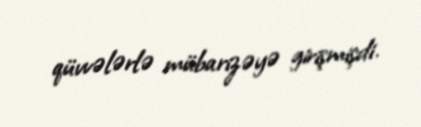
qüvvələrlə mübarizəyə girişmişdi.